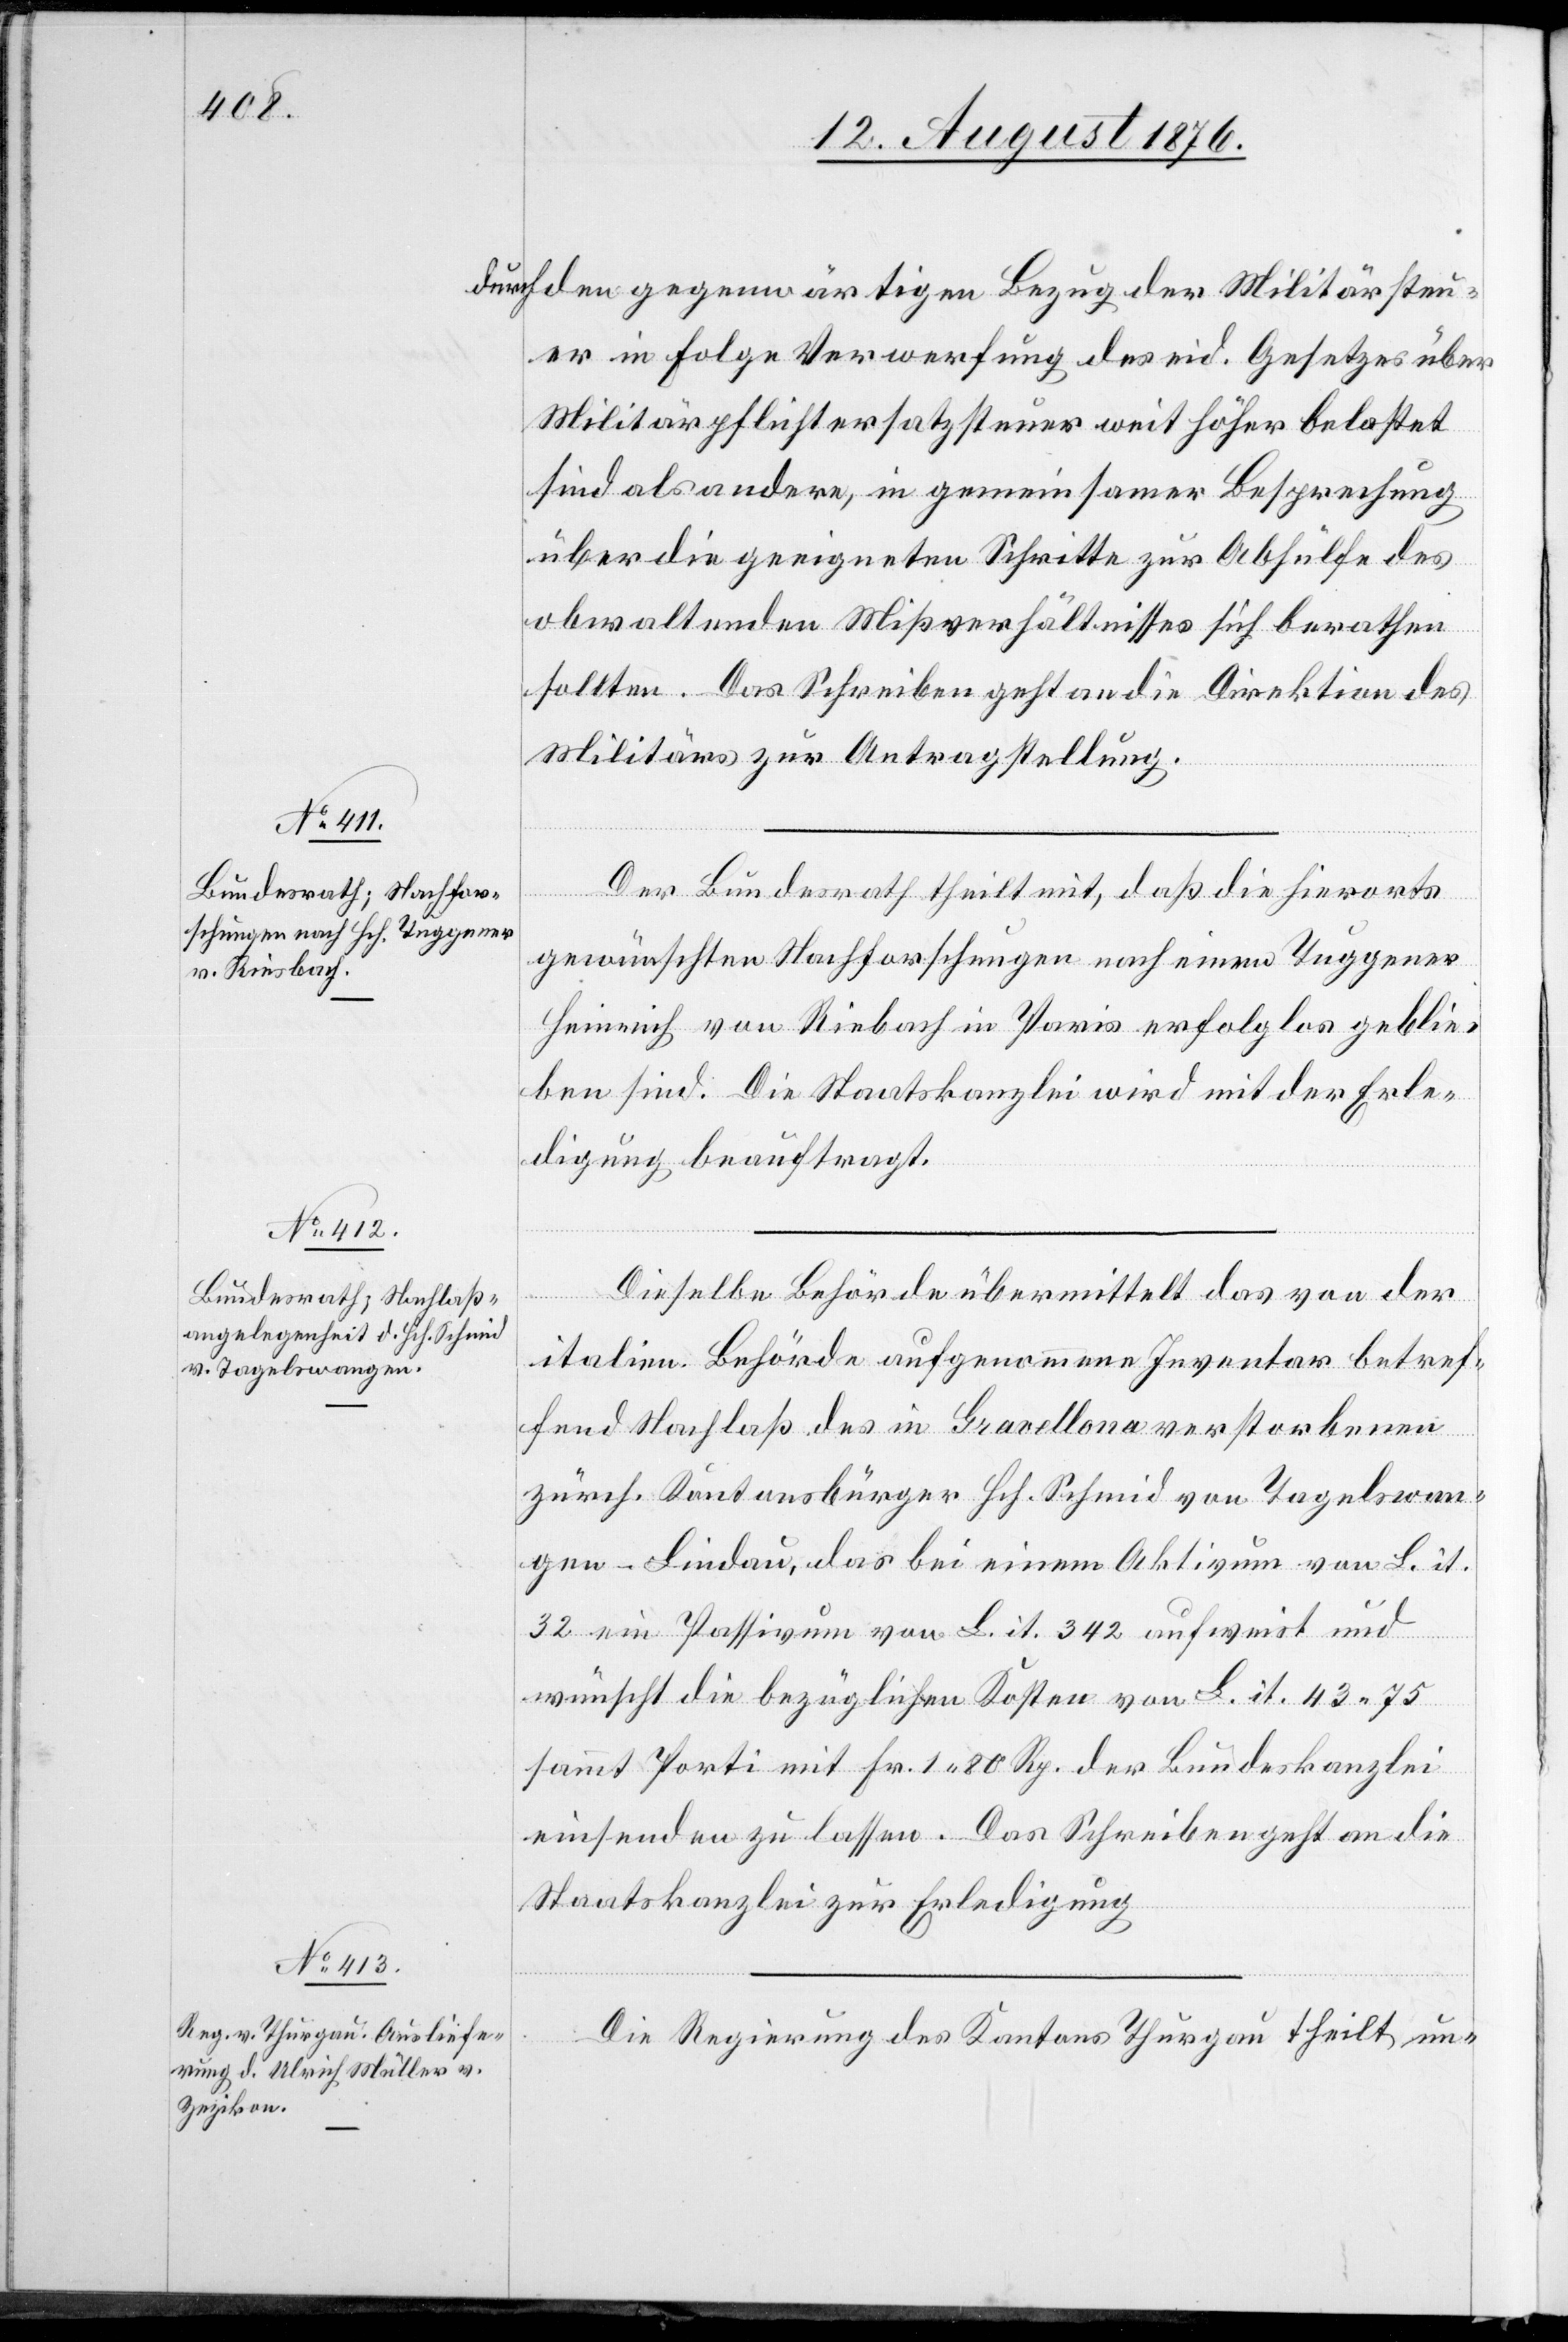
14. August 1876.]
durch den gegenwärtigen Bezug der Militärsteu¬
er in Folge Verwerfung des eid. Gesetzes über
Militärpflichtersatzsteuer weit höher belastet
sind als andere, in gemeinsamer Besprechung
über die geeigneten Schritte zur Abhülfe des
obwaltenden Mißverhältnisses sich berathen
sollten. Das Schreiben geht an die Direktion des
Militärs zur Antragstellung.
Der Bundesrath theilt mit, daß die hierorts
gewünschten Nachforschungen nach einem Tuggener
Heinrich von Rie[s]bach in Paris erfolglos geblie¬
ben sind. Die Staatskanzlei wird mit der Erle¬
digung beauftragt.
Dieselbe Behörde übermittelt das von der
italien. Behörde aufgenommene Inventar betref¬
fend Nachlaß des in Gravellona verstorbenen
zürch. Kantonsbürger Hch. Schmid von Tagelswan¬
gen - Lindau, das bei einem Aktivum von L. it.
32 ein Passivum von L. it. 342 aufweist und
wünscht die bezüglichen Kosten von L. it. 43 75
sammt Porti mit Fr. 1 80 Rp. der Bundeskanzlei
einsenden zu lassen. Das Schreiben geht an die
Staatskanzlei zur Erledigung.
Die Regierung des Kantons Thurgau theilt un-